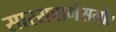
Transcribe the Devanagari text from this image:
सारसबागेसमोर